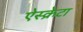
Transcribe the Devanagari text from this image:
ऐस्क्रेटा